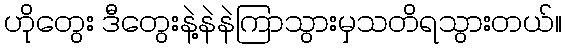
ဟိုတွေး ဒီတွေးနဲ့နဲနဲကြာသွားမှသတိရသွားတယ်။